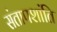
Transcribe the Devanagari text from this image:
संतापशांति